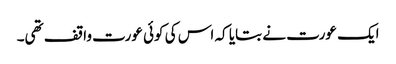
ایک عورت نے بتایا کہ اس کی کوئی عورت واقف تھی۔